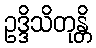
ဥဒ္ဒိသိတုန္တိ